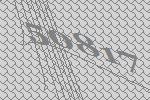
50817